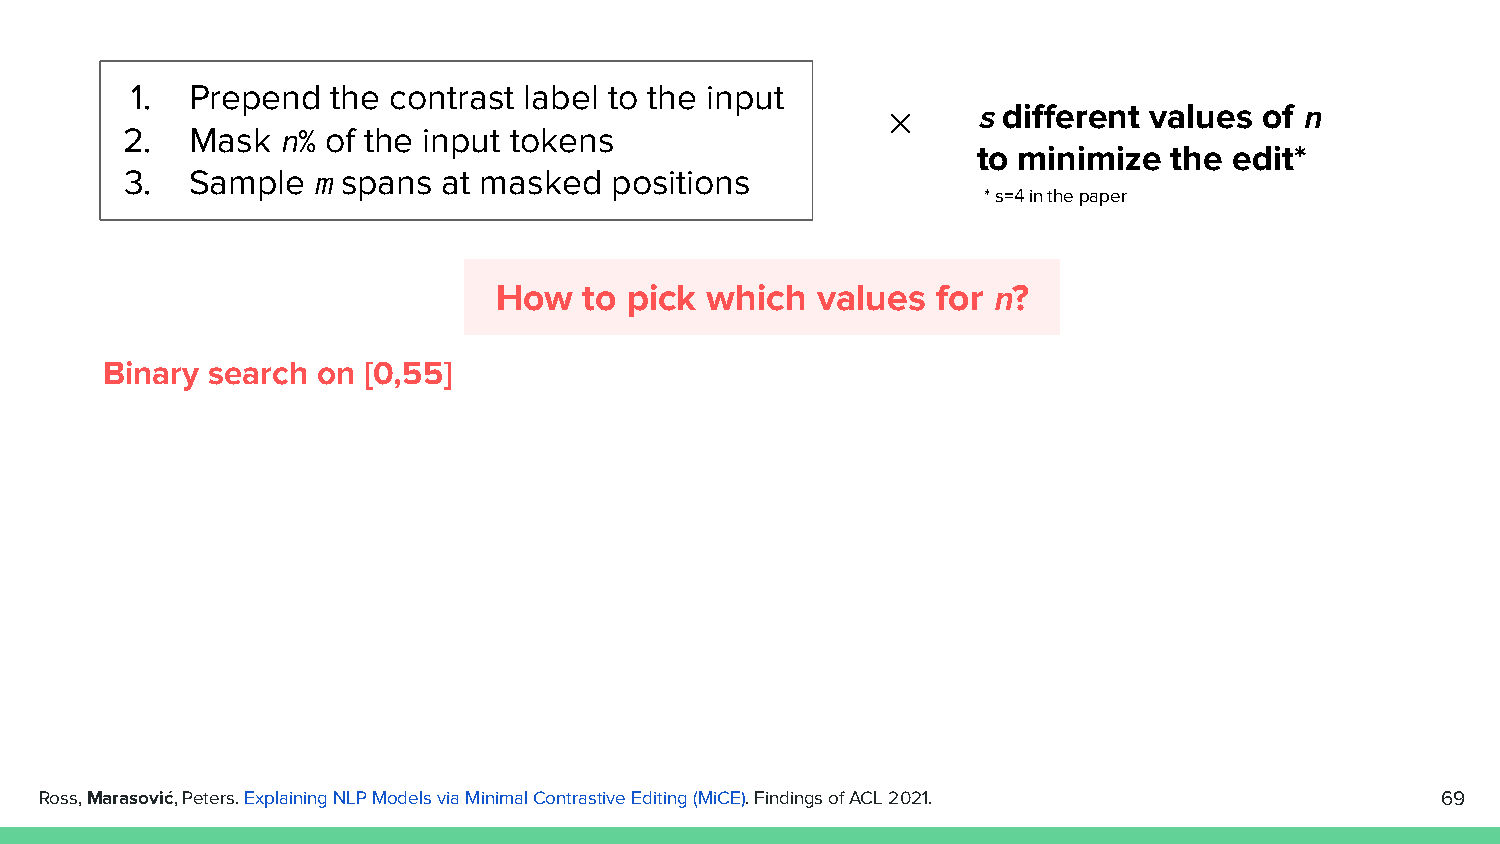
1.  Prepend  the contrast label to the input
 s different values of n
 ✕
 2.   Mask n% of the input tokens
 to minimize  the edit*
 3.   Sample  m spans at masked  positions
 * s=4 in the paper
 How   to pick which  values  for n?
 Binary search on [0,55]
 Ross, Marasović, Peters. Explaining NLP Models via Minimal Contrastive Editing (MiCE). Findings of ACL 2021. 69